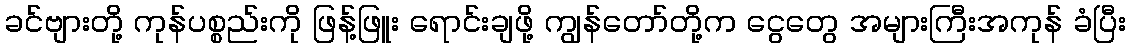
ခင်ဗျားတို့ ကုန်ပစ္စည်းကို ဖြန့်ဖြူး ရောင်းချဖို့ ကျွန်တော်တို့က ငွေတွေ အများကြီးအကုန် ခံပြီး